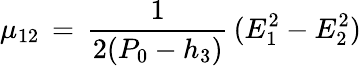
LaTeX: \mu_{12}\, =\, {\frac{1}{2(P_{0}-h_{3})}}\, (E_{1}^{2}-E_{2}^{2})